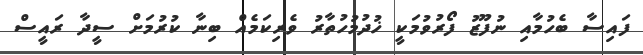
ފައިސާ ބެހުމާއި ނުފޫޒު ފޯރުވުމަކީ ޚުދުމުހުތާރު ވެރިކަމެއް ބިނާ ކުރުމަށް ސީދާ ރައީސް